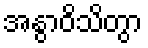
အနွာဝိသိတွာ